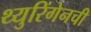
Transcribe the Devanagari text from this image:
थ्युरिंगेनची